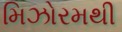
મિઝોરમથી